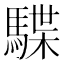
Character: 䮜